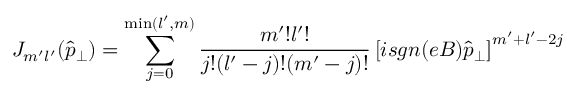
J _ { m ^ { \prime } l ^ { \prime } } ( \widehat { p } _ { \perp } ) = \sum _ { j = 0 } ^ { \operatorname * { m i n } ( l ^ { \prime } , m ) } \frac { m ^ { \prime } ! l ^ { \prime } ! } { j ! ( l ^ { \prime } - j ) ! ( m ^ { \prime } - j ) ! } \left[ i s g n ( e B ) \widehat { p } _ { \perp } \right] ^ { m ^ { \prime } + l ^ { \prime } - 2 j }